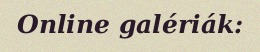
Online galériák: